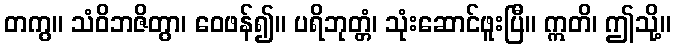
တကွ။ သံဝိဘဇိတွာ၊ ဝေဖန်၍။ ပရိဘုတ္တံ၊ သုံးဆောင်ဖူးပြီ။ ဣတိ၊ ဤသို့။